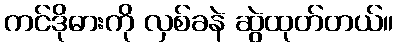
ကင်ဒိုဓားကို လှစ်ခနဲ ဆွဲထုတ်တယ်။